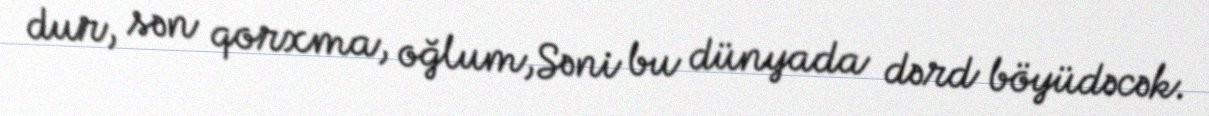
dur, sən qorxma, oğlum,Səni bu dünyada dərd böyüdəcək.